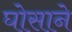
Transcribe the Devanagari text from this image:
घोसाने